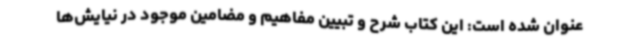
عنوان شده است: این کتاب شرح و تبیین مفاهیم و مضامین موجود در نیایش‌ها